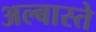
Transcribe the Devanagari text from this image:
अल्बास्ते